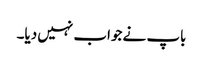
باپ نے جواب نہیں دیا۔